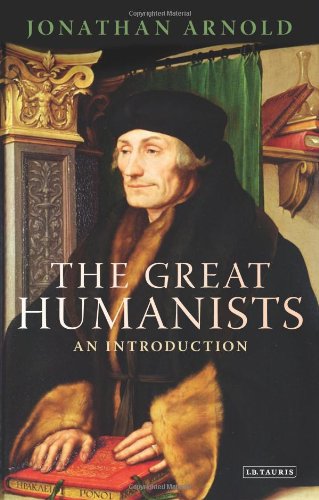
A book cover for The Great Humanists: An Introduction; Jonathan Arnold; Politics & Social Sciences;